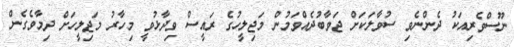
ނޫސްވެރިއަކު ދެންނެވި ސުވާލަކަށް ޖަވާބުދެއްވަމުން މަޖިލީހުގެ ރައީސް ވިދާޅުވީ މިހާރު މަޖިލީހަށް ދިމާވެގެން